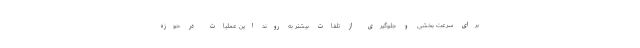
برای سرعت بخشی و جلوگیری از تلفات بیشتر به روند این عملیات در حوزه